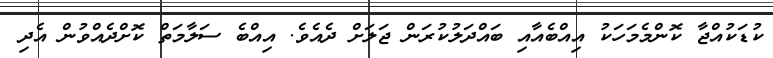
ކުޑަކުއްޖާ ކޮންމެމަހަކު އިއްބެއާއި ބައްދަލުކުރަން ޖަލަށް ދެއެވެ. އިއްބެ ސަލާމަތް ކޮށްދެއްވުން އެދި